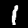
Digit: 1